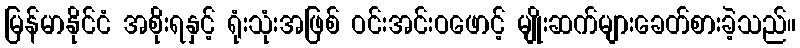
မြန်မာနိုင်ငံ အစိုးရနှင့် ရုံးသုံးအဖြစ် ဝင်းအင်းဝဖောင့် မျိုးဆက်များခေတ်စားခဲ့သည်။